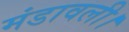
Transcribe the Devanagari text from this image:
मंडावली।